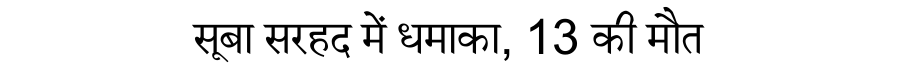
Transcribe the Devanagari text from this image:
सूबा सरहद में धमाका, 13 की मौत